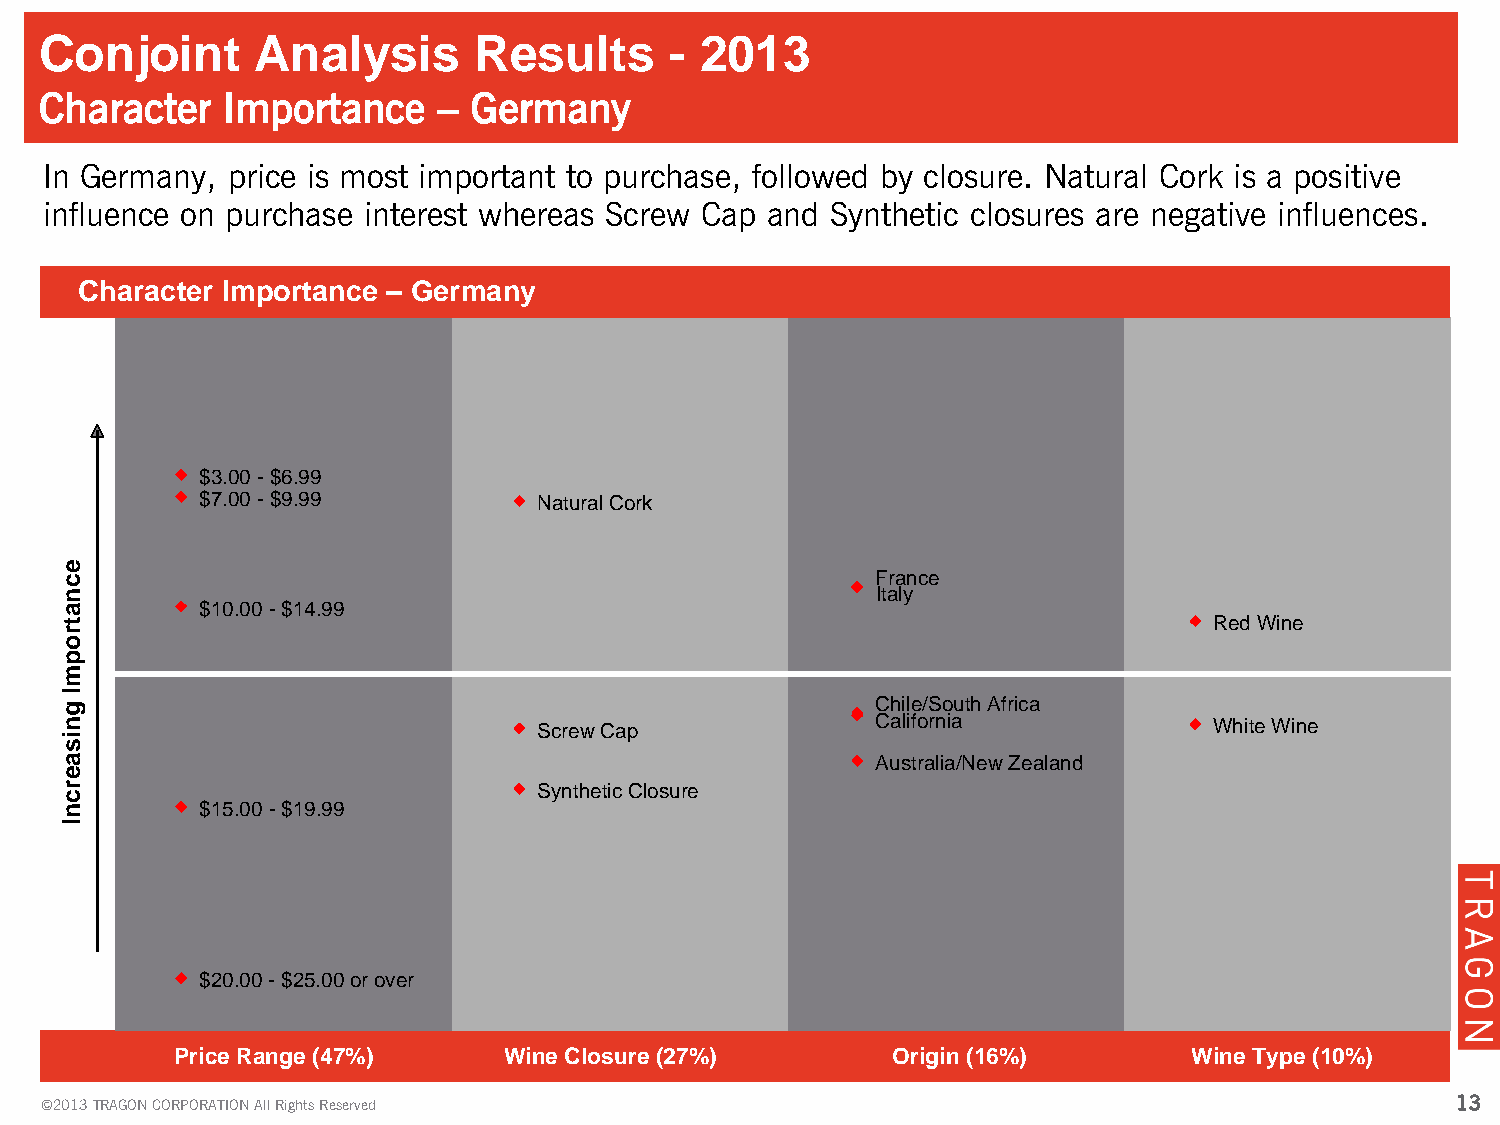
Conjoint      Analysis      Results      - 2013
 Character   Importance    – Germany
 In Germany, price is most important to purchase, followed by closure. Natural Cork is a positive
 influence on purchase interest whereas Screw Cap and Synthetic closures are negative influences.
 Character Importance – Germany
 $3.00 -$6.99
 $7.00 -$9.99           Natural Cork
 France
 Italy
 $10.00 -$14.99
 Red Wine
 Chile/South Africa
 Screw Cap             California            White Wine
 Australia/New Zealand
 Synthetic Closure
 $15.00 -$19.99
 $20.00 -$25.00 or over
 Price Range (47%)    Wine Closure (27%)        Origin (16%)        Wine Type (10%)
 ©2013 TRAGON CORPORATION All Rights Reserved                                                 13
 ecnatropmI
 gnisaercnI